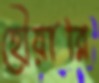
হৌয়ারি